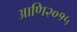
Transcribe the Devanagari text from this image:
आणि२०१५